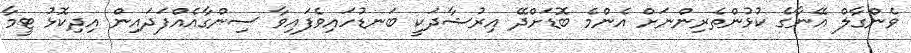
ވެންގާލް އޭނާގެ ކުޅުންތެރިންނަށް އެންމެ ބޮޑަށްދޭ އިރުޝާދަކީ ބަނޑުހައިވެފައިވާ ސިންގާއެއްފަދައިން އިދިކޮޅު ޓީމާ